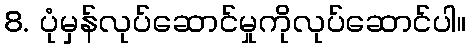
8. ပုံမှန်လုပ်ဆောင်မှုကိုလုပ်ဆောင်ပါ။